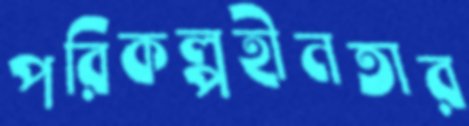
পরিকল্পহীনতার